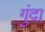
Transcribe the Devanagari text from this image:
गुंदा